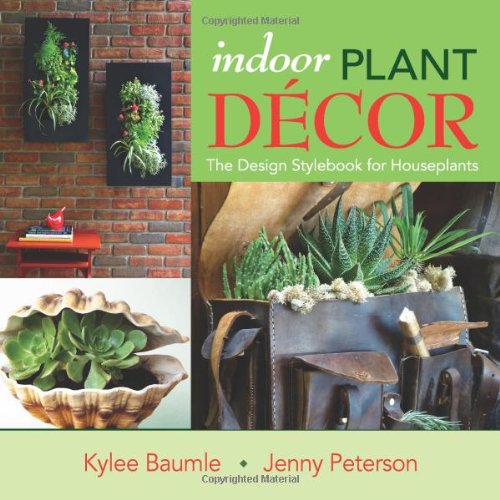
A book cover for Indoor Plant Decor: The Design Stylebook for Houseplants; Kylee Baumle; Crafts, Hobbies & Home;